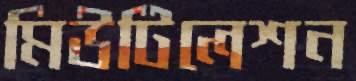
মিউটিলেশন